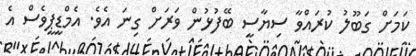
ކަމަށް ގަބޫލު ކުރައްވާ ސިޔާސީ ބޭފުޅުން ވަރަށް ގިނަ އެވެ. އެމްޑީޕީވެސް އެ